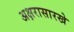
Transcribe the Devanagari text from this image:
अक्षरासारखे